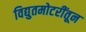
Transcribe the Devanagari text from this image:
विद्युतमोटरींतून